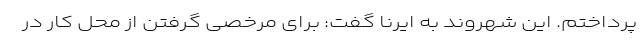
پرداختم. این شهروند به ایرنا گفت: برای مرخصی گرفتن از محل کار در